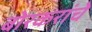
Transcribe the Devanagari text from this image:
बोरकरांचे